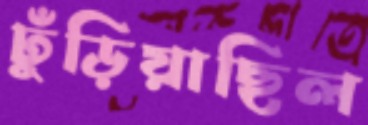
ঢুঁড়িয়াছিল